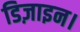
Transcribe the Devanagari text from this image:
डिज़ाइन।